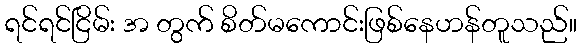
ရင်ရင်ငြိမ်း အ တွက် စိတ်မကောင်းဖြစ်နေဟန်တူသည်။